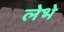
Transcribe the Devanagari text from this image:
लेभे